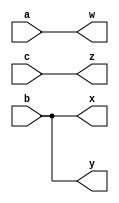
// This program was cloned from: https://github.com/viduraakalanka/HDL-Bits-Solutions
// License: The Unlicense

module top_module( input a,b,c,output w,x,y,z );
    
    assign w = a; //assign statements are executed in parallel
    assign x = b;
    assign y = b;
    assign z = c;
endmodule